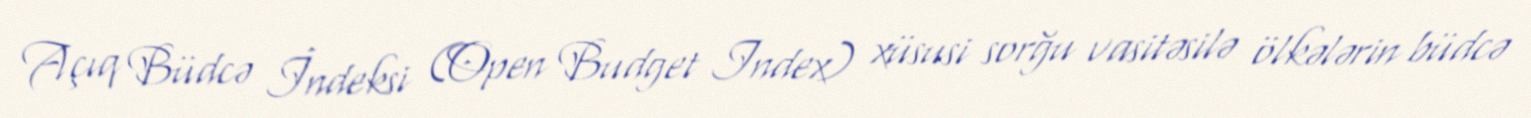
Açıq Büdcə İndeksi (Open Budget Index) xüsusi sorğu vasitəsilə ölkələrin büdcə